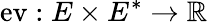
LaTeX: {\mathrm{ev}}:E\times E^{*}\to\mathbb{R}